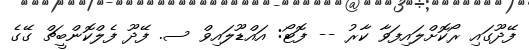
ފޭދޫގައި ރޯކޮށްލައިފަވާ ކާރު -- ފޮޓޯ: އައްޑޫލައިވް ސ. ފޭދޫ ފެލްކޮންބީޗް ގޭގެ